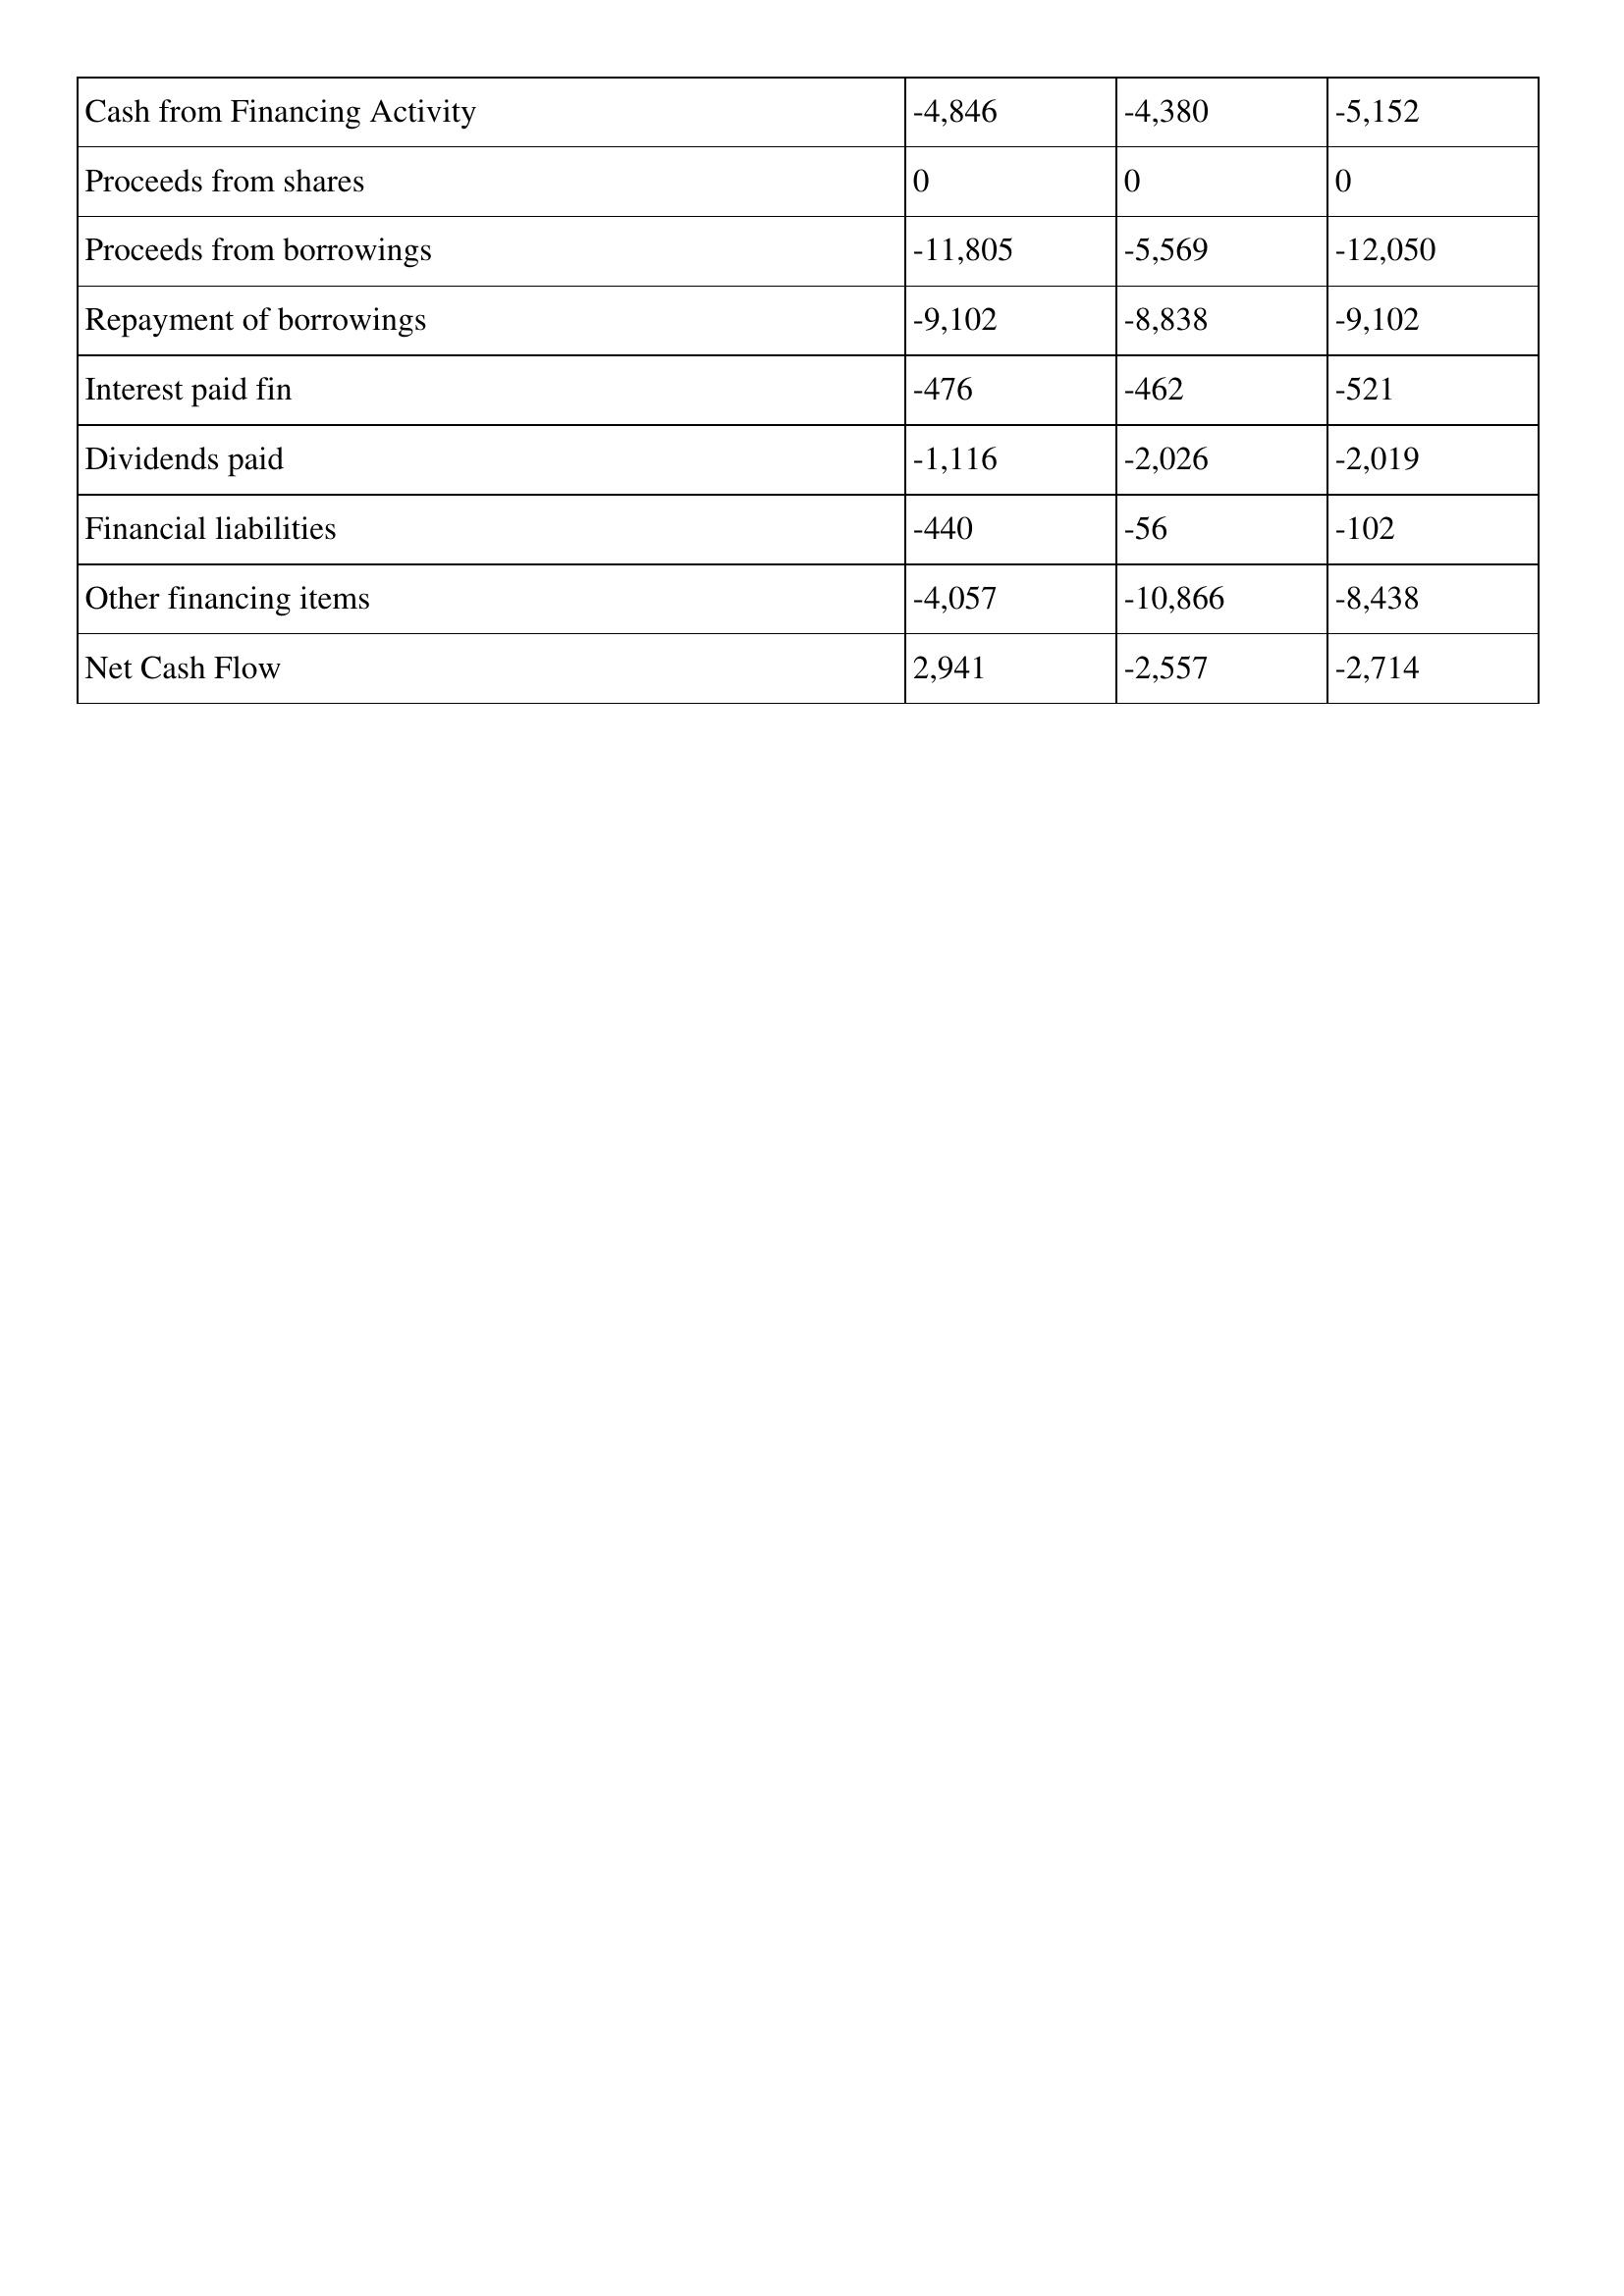
gt_parse: 2002: Cash Flows: Cash from Financing Activity: -4,846
Proceeds from shares: 0
Proceeds from borrowings: -11,805
Repayment of borrowings: -9,102
Interest paid fin: -476
Dividends paid: -1,116
Financial liabilities: -440
Other financing items: -4,057
Net Cash Flow: 2,941
2001: Cash Flows: Cash from Financing Activity: -4,380
Proceeds from shares: 0
Proceeds from borrowings: -5,569
Repayment of borrowings: -8,838
Interest paid fin: -462
Dividends paid: -2,026
Financial liabilities: -56
Other financing items: -10,866
Net Cash Flow: -2,557
2000: Cash Flows: Cash from Financing Activity: -5,152
Proceeds from shares: 0
Proceeds from borrowings: -12,050
Repayment of borrowings: -9,102
Interest paid fin: -521
Dividends paid: -2,019
Financial liabilities: -102
Other financing items: -8,438
Net Cash Flow: -2,714